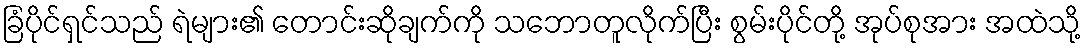
ခြံပိုင်ရှင်သည် ရဲများ၏ တောင်းဆိုချက်ကို သဘောတူလိုက်ပြီး စွမ်းပိုင်တို့ အုပ်စုအား အထဲသို့